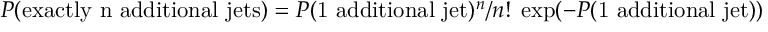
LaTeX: { \cal P } ( \mathrm { e x a c t l y ~ n ~ a d d i t i o n a l ~ j e t s } ) = { \cal P } ( \mathrm { 1 ~ a d d i t i o n a l ~ j e t } ) ^ { n } / n ! \; \exp ( - { \cal P } ( \mathrm { 1 ~ a d d i t i o n a l ~ j e t } ) )